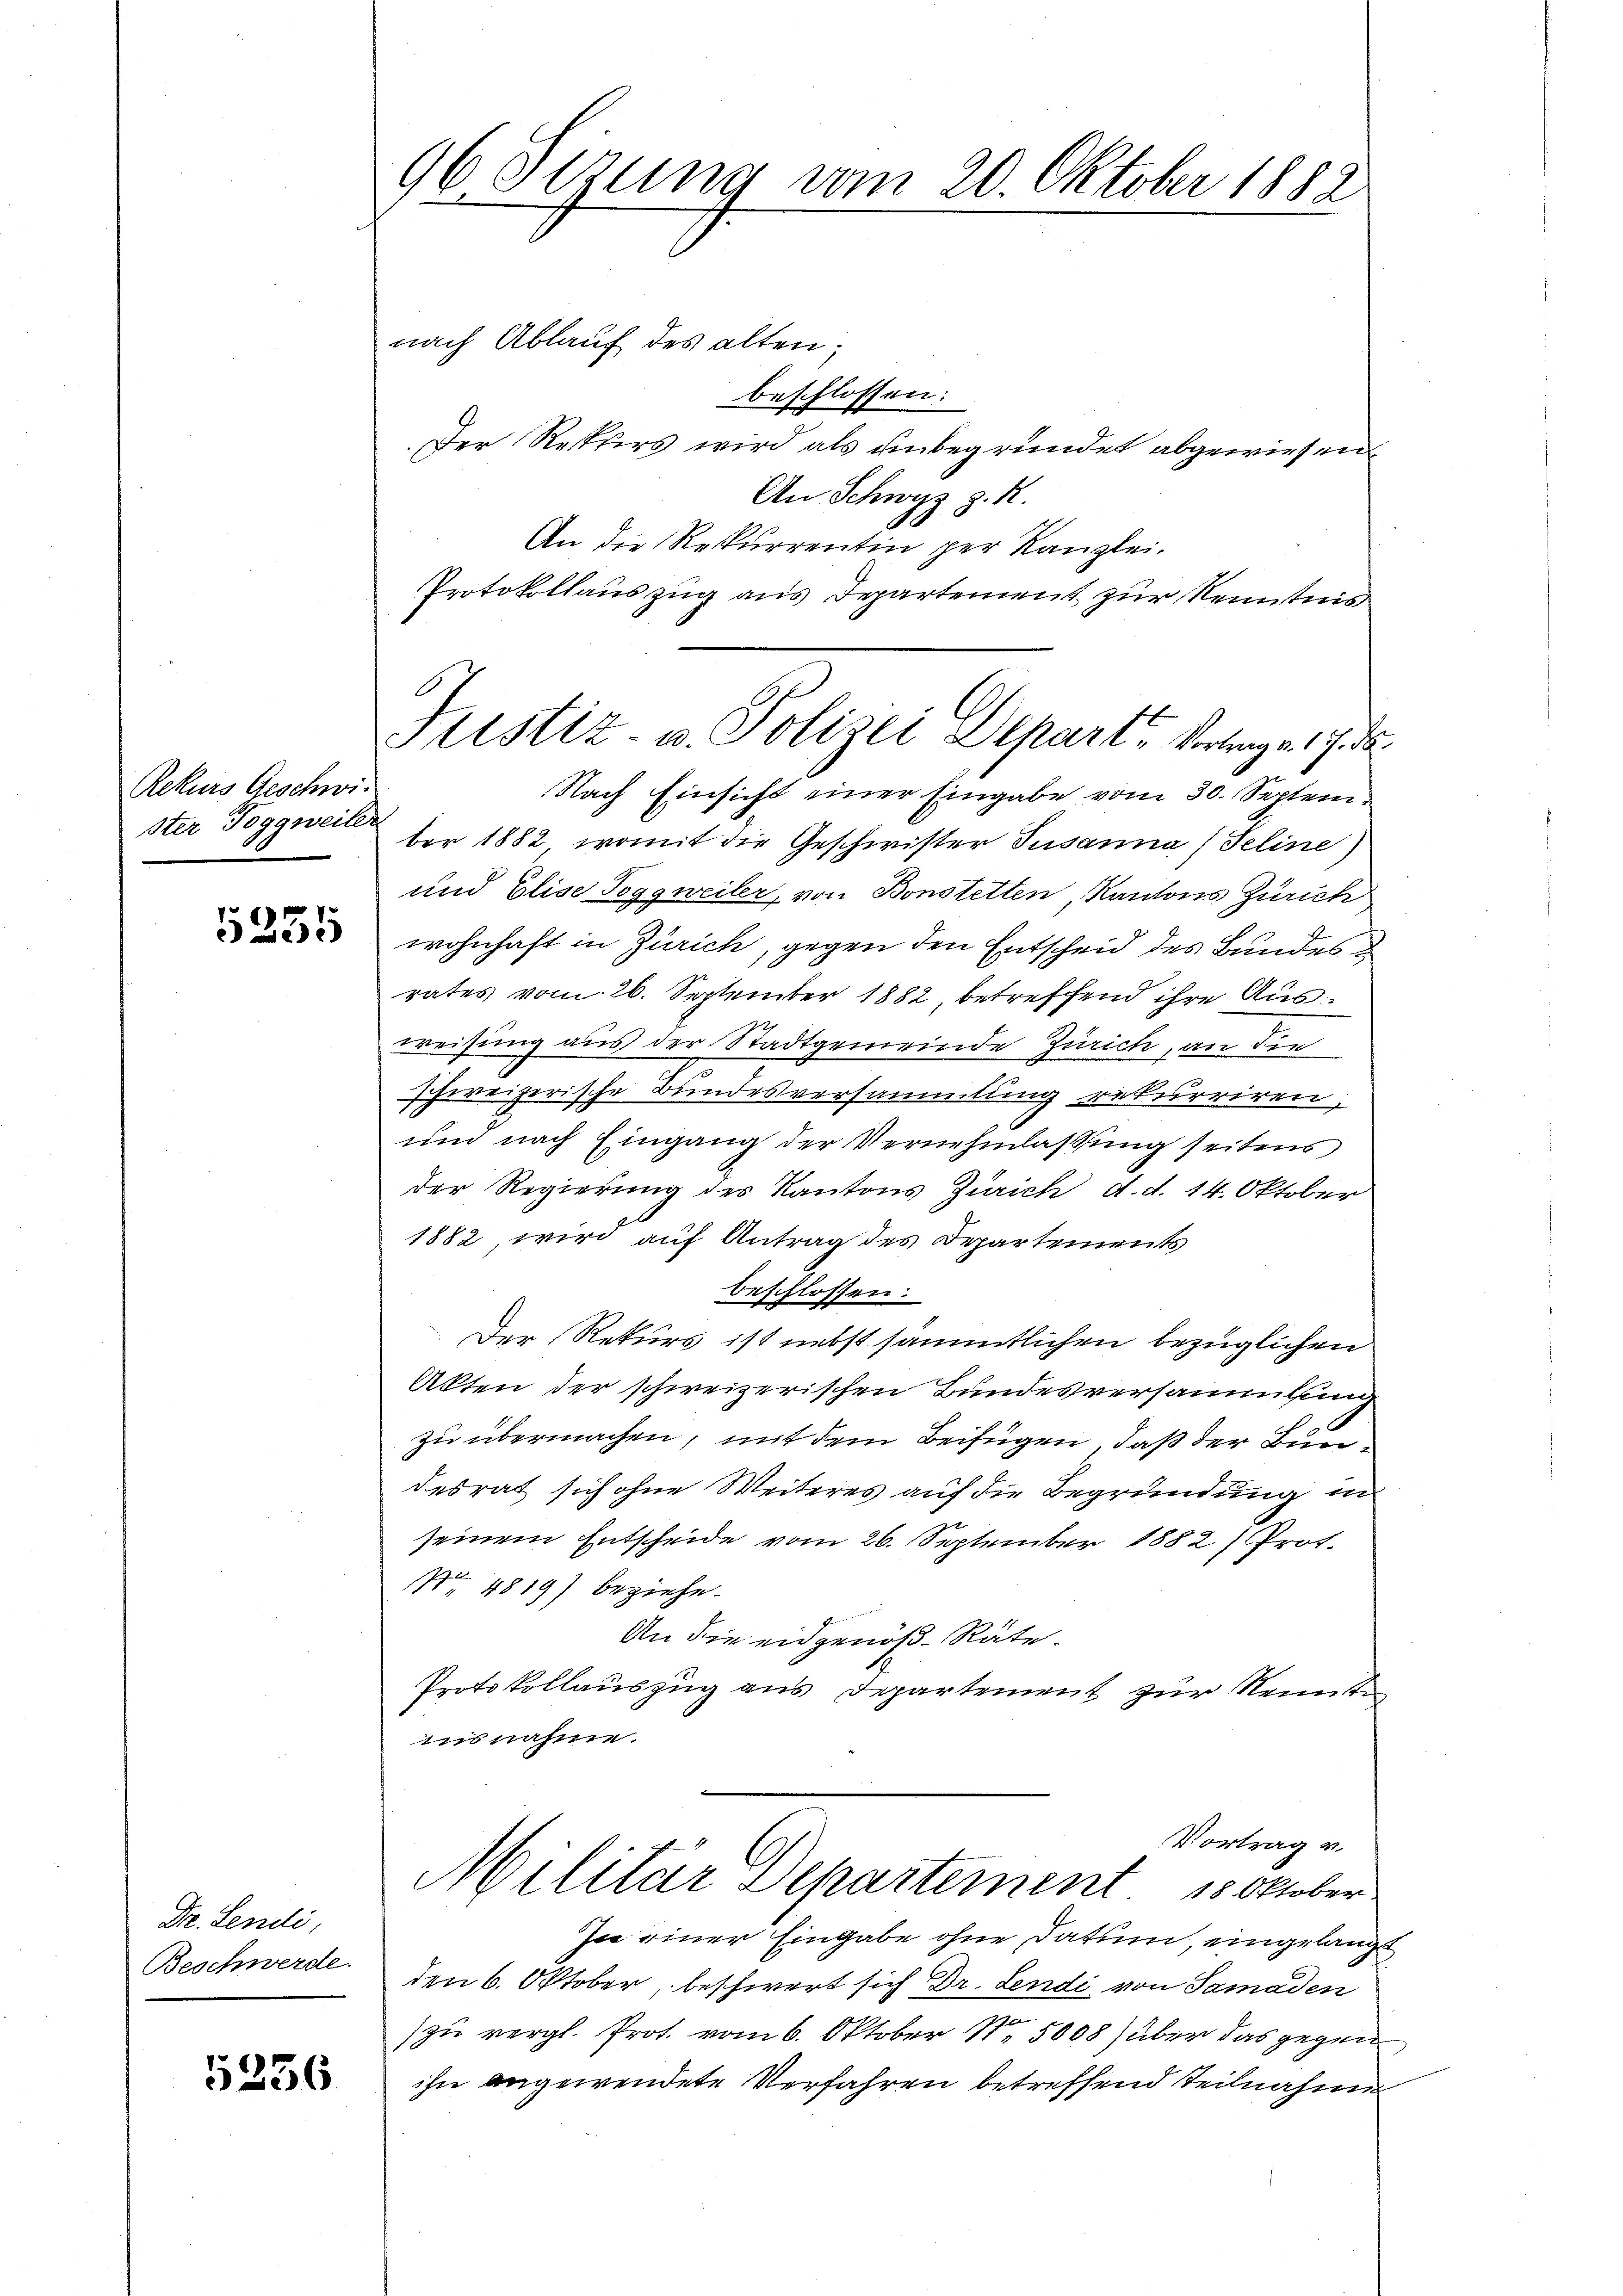
Rekurs Geschwi
ster Toggweiter

5235

Dr. Lendi
Beschwerde.

5256

96 Setzung vom 20. Oktober 1882

nach Ablauf des alten;
beschlossen:
Der Rekurs wird als unbegründet abgewiesen
An Schwyz z. R.
An die Rekurrentin per Kanzlei.
Protokollauszug aus Departement zur Kenntnis
Nach Einsicht einer Eingabe vom 30. September 1882, womit die Geschwister Susanna (Teline)
und Elise Toggweiler, von Bonstetten Kantons Zürich
wohnhaft in Zürich, gegen den Entscheid des Bundes
rates vom 26. September 1882, betreffend ihre Ausweisung aus der Stadtgemeinde Zürich, an die
schweizerische Bundesversammlung rekurriren,
um nach Eingang der Vernehmlassung seitens
der Regierung des Kantons Zürich, d. d. 14. Oktober
1882, wird auf Antrag des Departements
beschlossen.
Der Rekurs ist nebst sämmtlichen bezüglichen
Akten der schweizerischen Bundesversammlung
zu übermachen, mit dem Beifügen, daß der Bundesrat sich ohne Weiteres auf die Begründung in
seinem Entscheide vom 26. September 1882) Prot.
B
No 4819) beziehe.
An die eidgenöß-Räte¬
Protokollauszug aus Departement zur Neunte
insnahme.
Vortrag v.
Militar Departement 15 Oktober
In einer Eingabe ohne Datum eingelangt
den 6. Oktober, beschwert sich Dr. Sendi von Samaden
zu vergl. Prot. vom 6. Oktober Nr. 5008) über das gegen
ihn angewendete Verfahren betreffend Teilnahme

6
Justiz- u. Polizei Depart - Vortrage 17. de